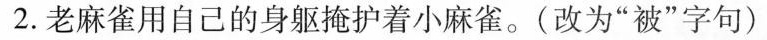
2.老麻雀用自己的身躯掩护着小麻雀。(改为”被”字句)